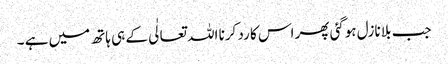
جب بلا نازل ہوگئی پھر اس کا رد کرنا اللہ تعالٰی کے ہی ہاتھ میں ہے ۔